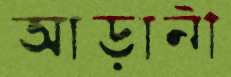
আড়ানী